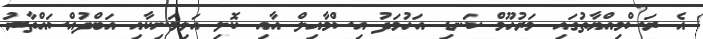
އެ ރަސްމިއްޔާތުގައި މަރުހޫމް ކަނޑި އަހުމަދު އިސްމާއިލް އާއި ކޮލި އަލިމަނިކާއި އަބްދުއްސައްތާރު